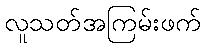
လူသတ်အကြမ်းဖက်